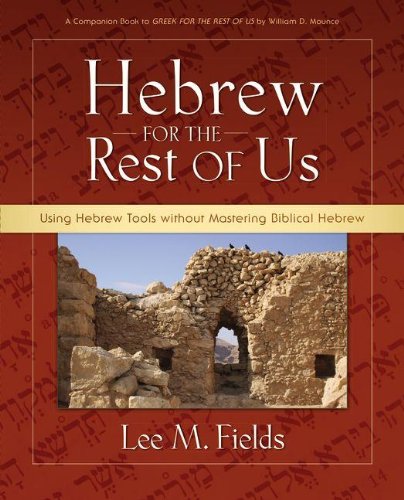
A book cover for Hebrew for the Rest of Us: Using Hebrew Tools without Mastering Biblical Hebrew; Lee M. Fields; Christian Books & Bibles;